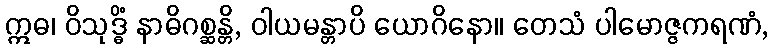
ဣဓ၊ ဝိသုဒ္ဓိံ နာဓိဂစ္ဆန္တိ, ဝါယမန္တာပိ ယောဂိနော။ တေသံ ပါမောဇ္ဇကရဏံ,